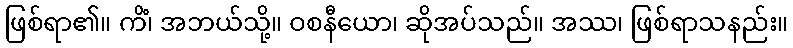
ဖြစ်ရာ၏။ ကိံ၊ အဘယ်သို့။ ဝစနီယော၊ ဆိုအပ်သည်။ အဿ၊ ဖြစ်ရာသနည်း။